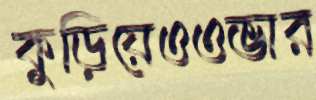
কুড়িয়েওওভার